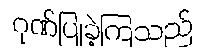
ဂုဏ်ပြုခဲ့ကြသည်